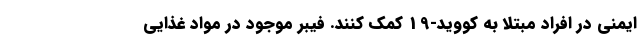
ایمنی در افراد مبتلا به کووید-19 کمک کنند. فیبر موجود در مواد غذایی